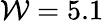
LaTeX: \mathcal{W}=5.1